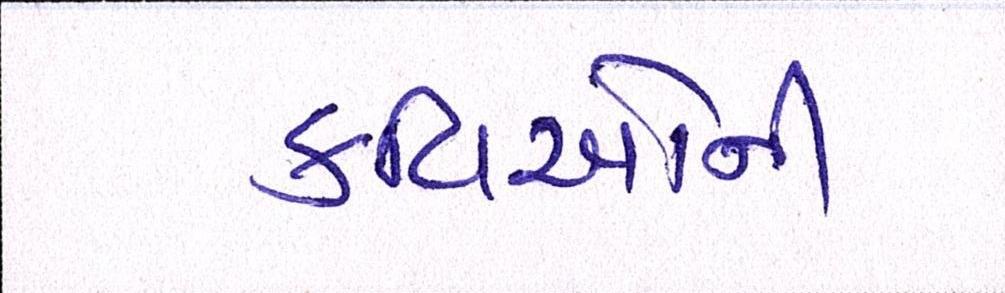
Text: કવિઓની